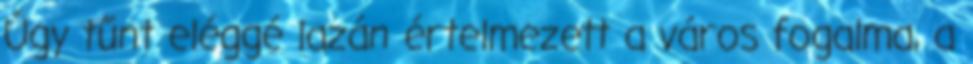
Úgy tűnt eléggé lazán értelmezett a város fogalma, a